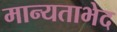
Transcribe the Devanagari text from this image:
मान्यताभेद